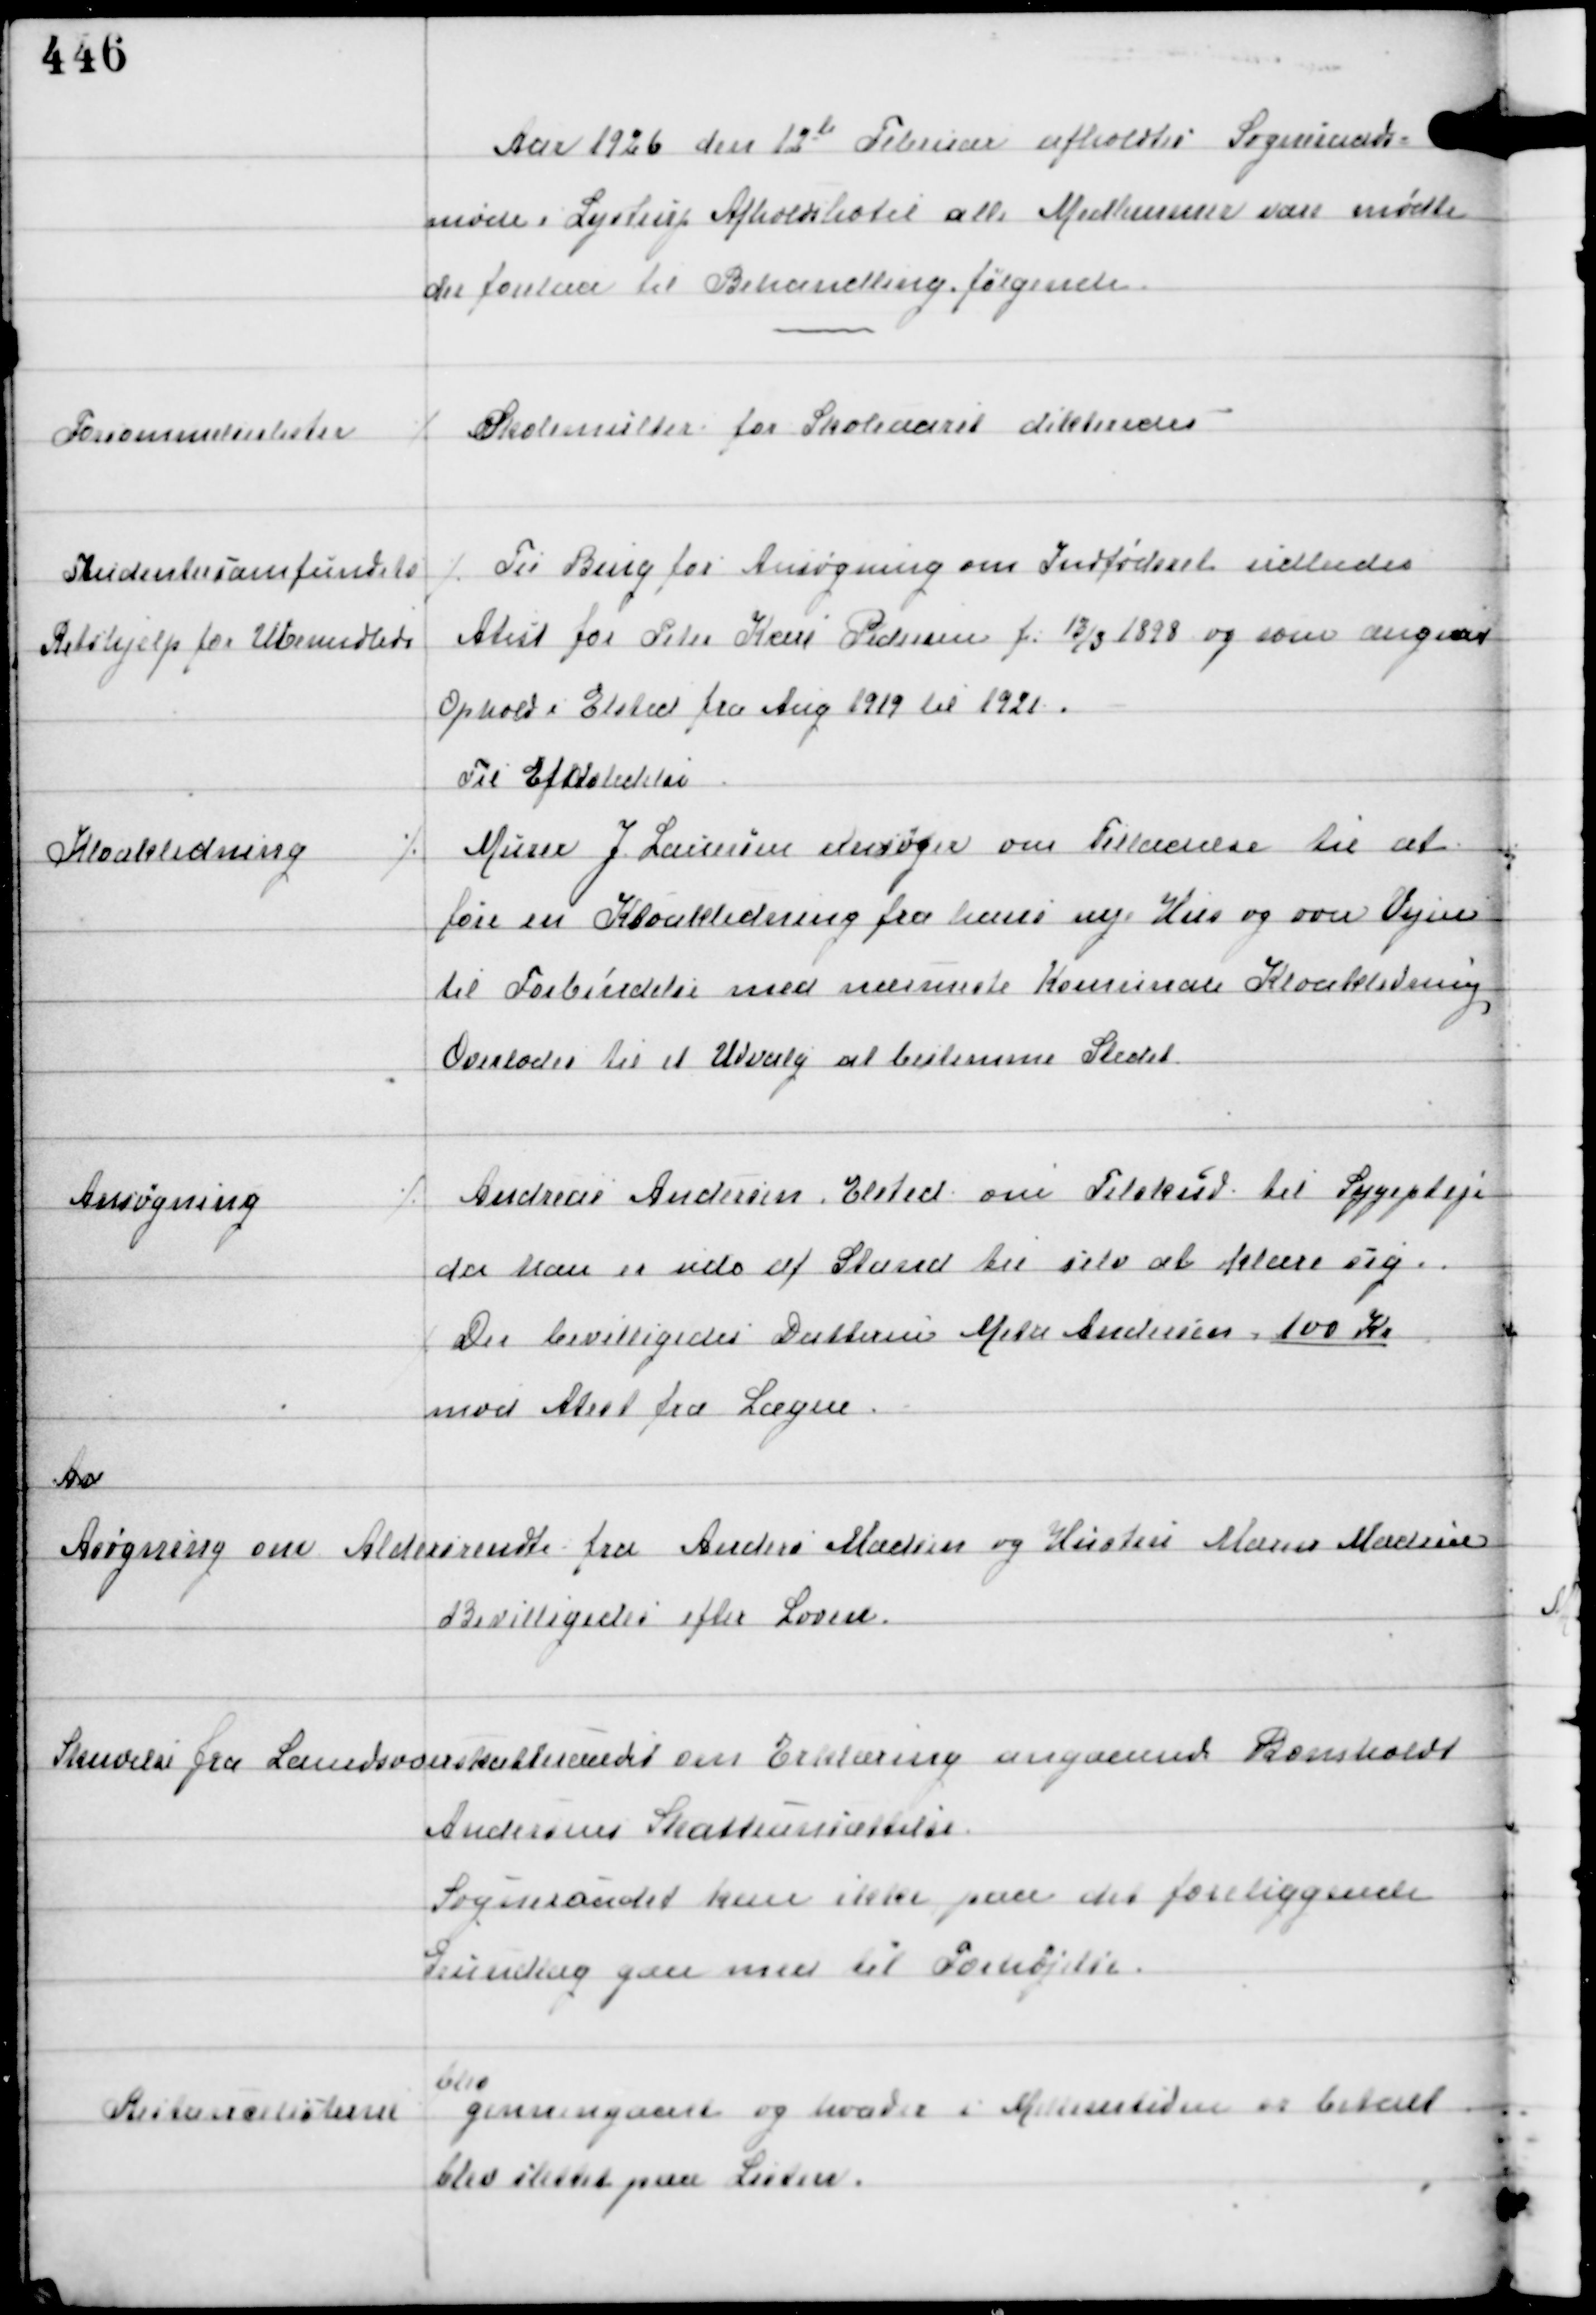
Transskription:
Aar 1926 den 12te Februar afholdtes Sogneraads-
møde i Lystrup Afholdshotel alle Medlemmer vare mødte
der forelaa til Behandling følgende

Forsømmelseslister

⁒ Skolemulkter for Skoleaaret dikteredes.

Studentersamfundets
Retshjælp for Ubemidlede

⁒ Til Brug for Ansøgning om Indfødsret udbedes
Atest for Peter Karl Pedersen f 13/3 1898 og som angiver
Ophold i Elsted fra Aug 1919 til 1921
Til Efterlevelse

Kloakledning

⁒ Murer J Laursen ansøger om Tilladelse til at
føre en Kloakledning fra hans nye Hus og over Vejen
til Forbindelse med nærmeste Komunale Kloakledning
Overlades til et Udvalg at bestemme Stedet

Ansøgning

⁒ Andreas Andersen, Elsted om Tilskud til Sygepleje
da han er ude af Stand til selv at klare sig.
Der bevilligedes Datteren Meta Andersen 100 Kr
mod Atest fra Lægen

An

Ansøgning om Aldersrendte
fra Anders Madsen og Hustru Maren Madsen
Bevilligedes efter Loven.

Skrivelse fra Landoverskatteraadet
om Erklæring angaaende Bomholdt
Andersens Skatteansættelse
Sogneraadet kan ikke paa det foreliggende
Grundlag gaa med til Forhøjelse

Restancelisterne

blev
gennemgaaet og hvad er i Afstaaelsestiden er betalt
blev slettet på Listen.